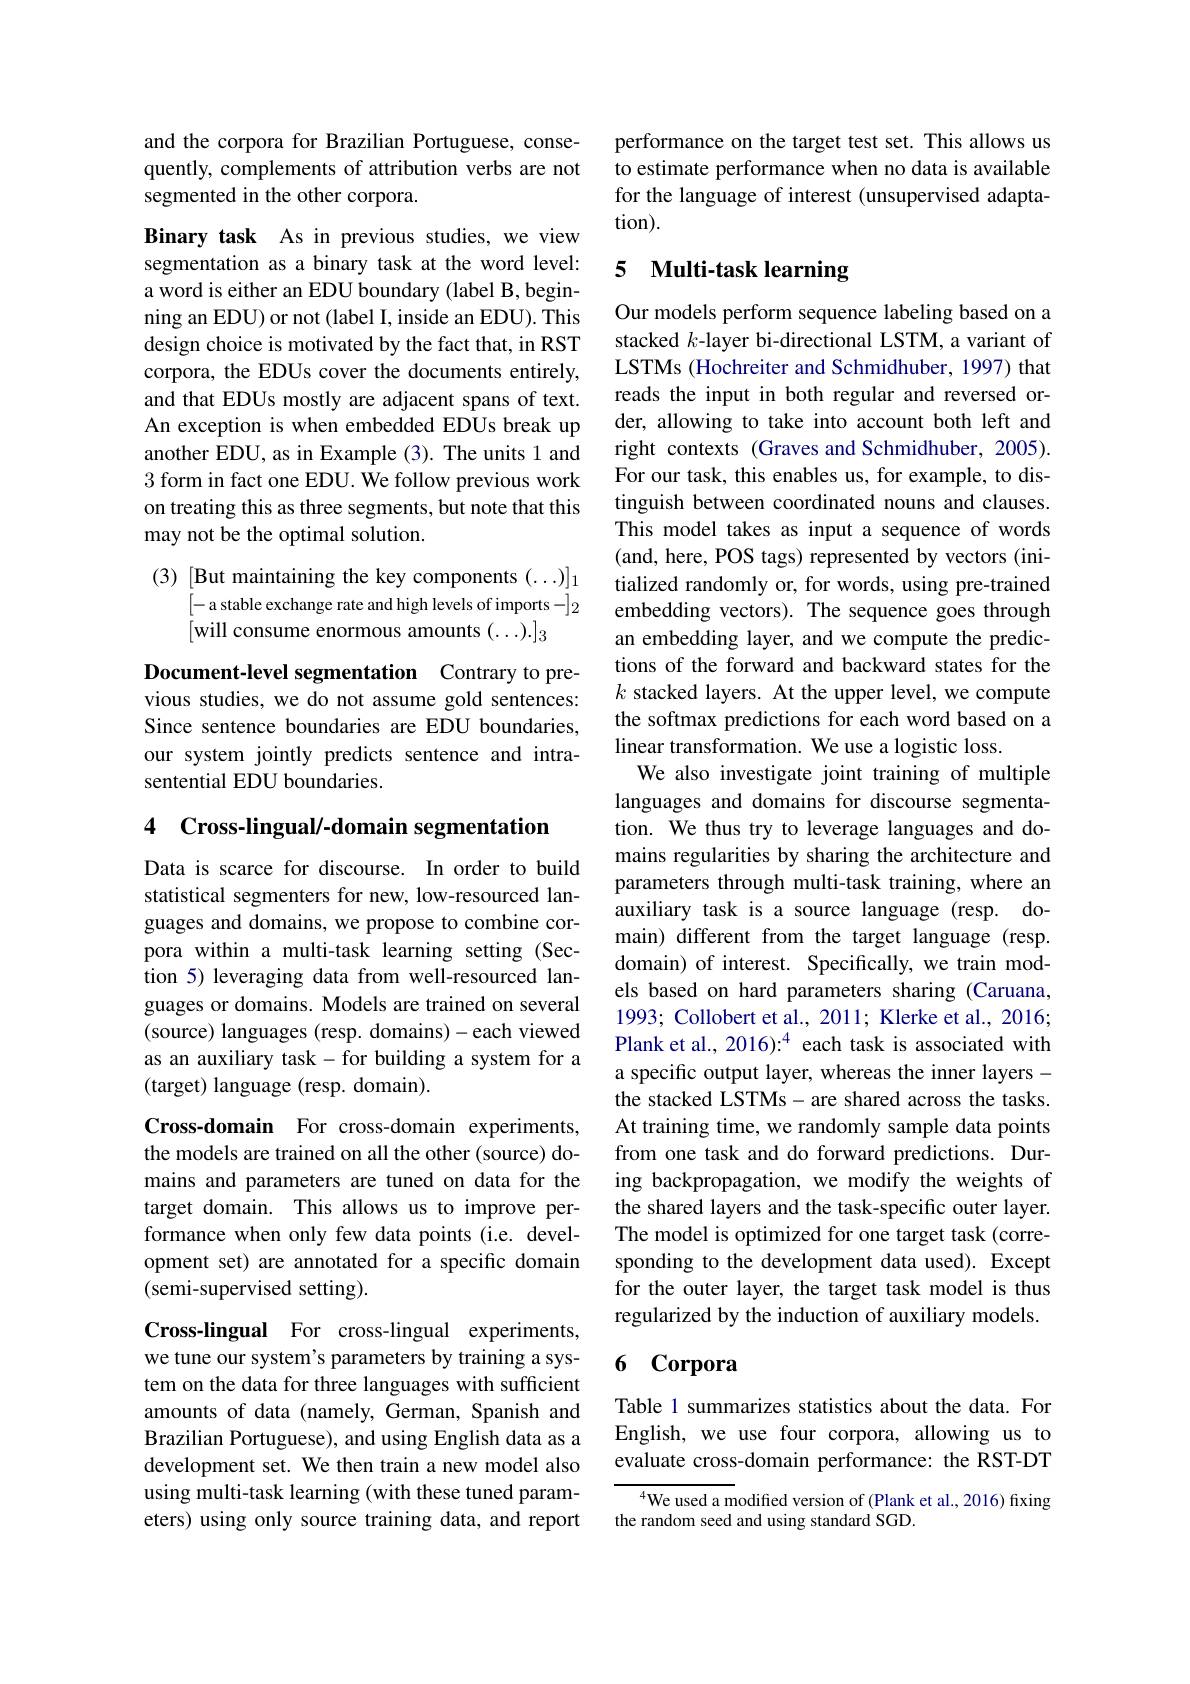
and the corpora for Brazilian Portuguese, consequently, complements of attribution verbs are not segmented in the other corpora.

Binary task As in previous studies, we view segmentation as a binary task at the word level: a word is either an EDU boundary (label B, beginning an EDU) or not (label I, inside an EDU). This design choice is motivated by the fact that, in RST corpora, the EDUs cover the documents entirely, and that EDUs mostly are adjacent spans of text. An exception is when embedded EDUs break up another EDU, as in Example (3). The units 1 and 3 form in fact one EDU. We follow previous work on treating this as three segments, but note that this may not be the optimal solution.

(3) [But maintaining the key components (...)]1
[- a stable exchange rate and high levels of imports $-]_2$

Document-level segmentation Contrary to previous studies, we do not assume gold sentences: Since sentence boundaries are EDU boundaries, our system jointly predicts sentence and intrasentential EDU boundaries.

4 Cross-lingual/-domain segmentation

Data is scarce for discourse. In order to build statistical segmenters for new, low-resourced languages and domains, we propose to combine corpora within a multi-task learning setting (Section 5) leveraging data from well-resourced languages or domains. Models are trained on several (source) languages (resp. domains)-each viewed as an auxiliary task-for building a system for a (target) language (resp. domain).

Cross-domain For cross-domain experiments, the models are trained on all the other (source) domains and parameters are tuned on data for the target domain. This allows us to improve performance when only few data points (i.e. development set) are annotated for a specific domain (semi-supervised setting).

Cross-lingual For cross-lingual experiments, we tune our system's parameters by training a system on the data for three languages with sufficient amounts of data (namely, German, Spanish and Brazilian Portuguese), and using English data as a development set. We then train a new model also using multi-task learning (with these tuned parameters) using only source training data, and report

performance on the target test set. This allows us to estimate performance when no data is available for the language of interest (unsupervised adaptation).

## 5 Multi-task learning

Our models perform sequence labeling based on a stacked $k$-layer bi-directional LSTM, a variant of LSTMs (Hochreiter and Schmidhuber, 1997) that reads the input in both regular and reversed order, allowing to take into account both left and right contexts (Graves and Schmidhuber, 2005). For our task, this enables us, for example, to distinguish between coordinated nouns and clauses. This model takes as input a sequence of words (and, here, POS tags) represented by vectors (initialized randomly or, for words, using pre-trained embedding vectors). The sequence goes through an embedding layer, and we compute the predictions of the forward and backward states for the $k$ stacked layers. At the upper level, we compute the softmax predictions for each word based on a linear transformation. We use a logistic loss.
We also investigate joint training of multiple languages and domains for discourse segmentation. We thus try to leverage languages and domains regularities by sharing the architecture and parameters through multi-task training, where an auxiliary task is a source language (resp. domain) different from the target language (resp. domain) of interest. Specifically, we train models based on hard parameters sharing (Caruana, 1993; Collobert et al., 2011; Klerke et al., 2016; Plank et al., 2016):$^4$ each task is associated with a specific output layer, whereas the inner layers - the stacked LSTMs- are shared across the tasks. At training time, we randomly sample data points from one task and do forward predictions. During backpropagation, we modify the weights of the shared layers and the task-specific outer layer. The model is optimized for one target task (corresponding to the development data used). Except for the outer layer, the target task model is thus regularized by the induction of auxiliary models.

### 6 Corpora

Table 1 summarizes statistics about the data. For English, we use four corpora, allowing us to evaluate cross-domain performance: the RST-DT

$^{4}$We used a modified version of (Plank et al., 2016) fixing
the random seed and using standard SGD.